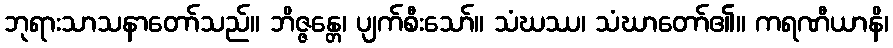
ဘုရားသာသနာတော်သည်။ ဘိဇ္ဇန္တေ၊ ပျက်စီးသော်။ သံဃဿ၊ သံဃာတော်၏။ ကရဏီယာနိ၊